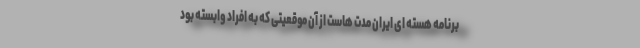
برنامه هسته ای ایران مدت هاست از آن موقعیتی که به افراد وابسته بود